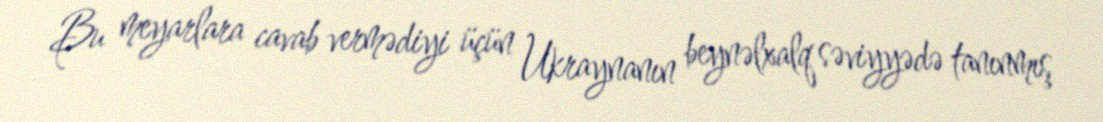
Bu meyarlara cavab vermədiyi üçün Ukraynanın beynəlxalq səviyyədə tanınmış